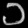
Digit: ၁